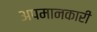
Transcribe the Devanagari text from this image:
अपमानकारी